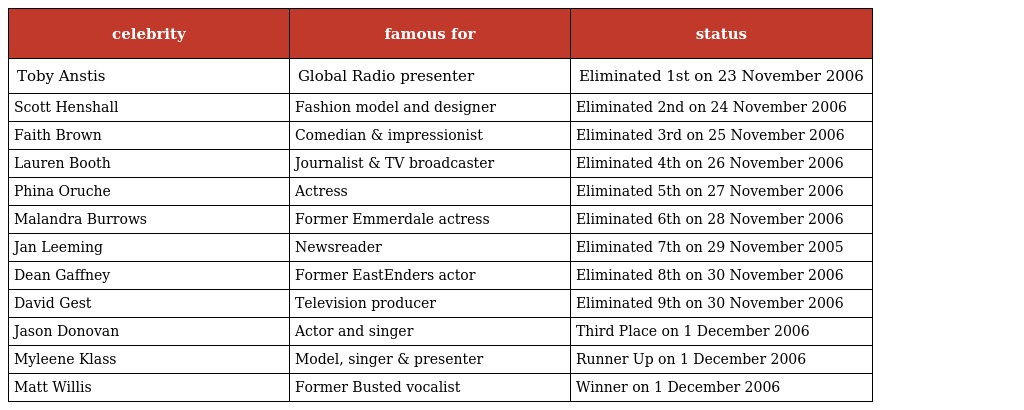
| celebrity | famous for | status |
 | --- | --- | --- |
 | Toby Anstis | Global Radio presenter | Eliminated 1st on 23 November 2006 |
 | Scott Henshall | Fashion model and designer | Eliminated 2nd on 24 November 2006 |
 | Faith Brown | Comedian & impressionist | Eliminated 3rd on 25 November 2006 |
 | Lauren Booth | Journalist & TV broadcaster | Eliminated 4th on 26 November 2006 |
 | Phina Oruche | Actress | Eliminated 5th on 27 November 2006 |
 | Malandra Burrows | Former Emmerdale actress | Eliminated 6th on 28 November 2006 |
 | Jan Leeming | Newsreader | Eliminated 7th on 29 November 2005 |
 | Dean Gaffney | Former EastEnders actor | Eliminated 8th on 30 November 2006 |
 | David Gest | Television producer | Eliminated 9th on 30 November 2006 |
 | Jason Donovan | Actor and singer | Third Place on 1 December 2006 |
 | Myleene Klass | Model, singer & presenter | Runner Up on 1 December 2006 |
 | Matt Willis | Former Busted vocalist | Winner on 1 December 2006 |